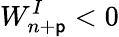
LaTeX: W_{n+\mathsf{p}}^{I}<0